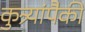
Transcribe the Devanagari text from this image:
कुत्र्यांपैकी